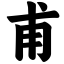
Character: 甫